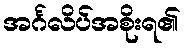
အင်္ဂလိပ်အစိုးရ၏